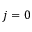
j = 0